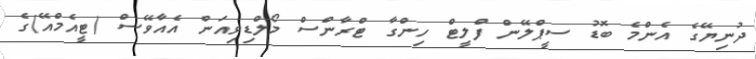
ދުނިޔޭގެ އެންމެ ބޮޑު ސީޕްލޭން ފްލީޓް ހިންގާ ޓްރާންސް މޯލްޑިވިއަން އެއާވޭސް (ޓީއެމްއޭ)ގެ